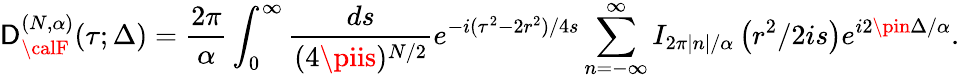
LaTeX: \mathsf{D}_{{\calF}}^{(N,\alpha)}(\tau;\Delta)=\frac{{2\pi}}{{\alpha}}\int_{0}^{\infty}\frac{{ds}}{{(4\piis)^{N/2}}}e^{-i(\tau^{2}-2r^{2})/4s}\sum_{n=-\infty}^{\infty}I_{2\pi|n|/\alpha}\left(r^{2}/2is\right)e^{i2\pin\Delta/\alpha}.